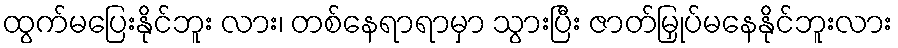
ထွက်မပြေးနိုင်ဘူး လား၊ တစ်နေရာရာမှာ သွားပြီး ဇာတ်မြှုပ်မနေနိုင်ဘူးလား